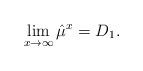
LaTeX: \begin{align*} \lim_{x \to \infty} \hat{\mu}^x = D_1 .\end{align*}